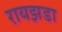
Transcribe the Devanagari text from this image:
रायझडा